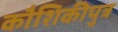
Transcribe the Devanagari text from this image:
कौशिकीपुत्र